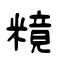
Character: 糡